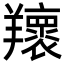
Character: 𦏨